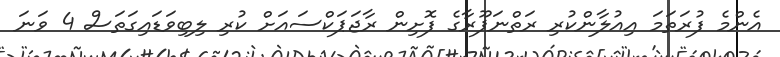
އެންމެ ފުރަތަމަ އިއުލާންކުރި ރަތްނަޕޫރާގެ ފޮށިން ރާޖަޕަކްސައަށް ކުރި ލިބިވަޑައިގަތަސް 4 ވަނަ